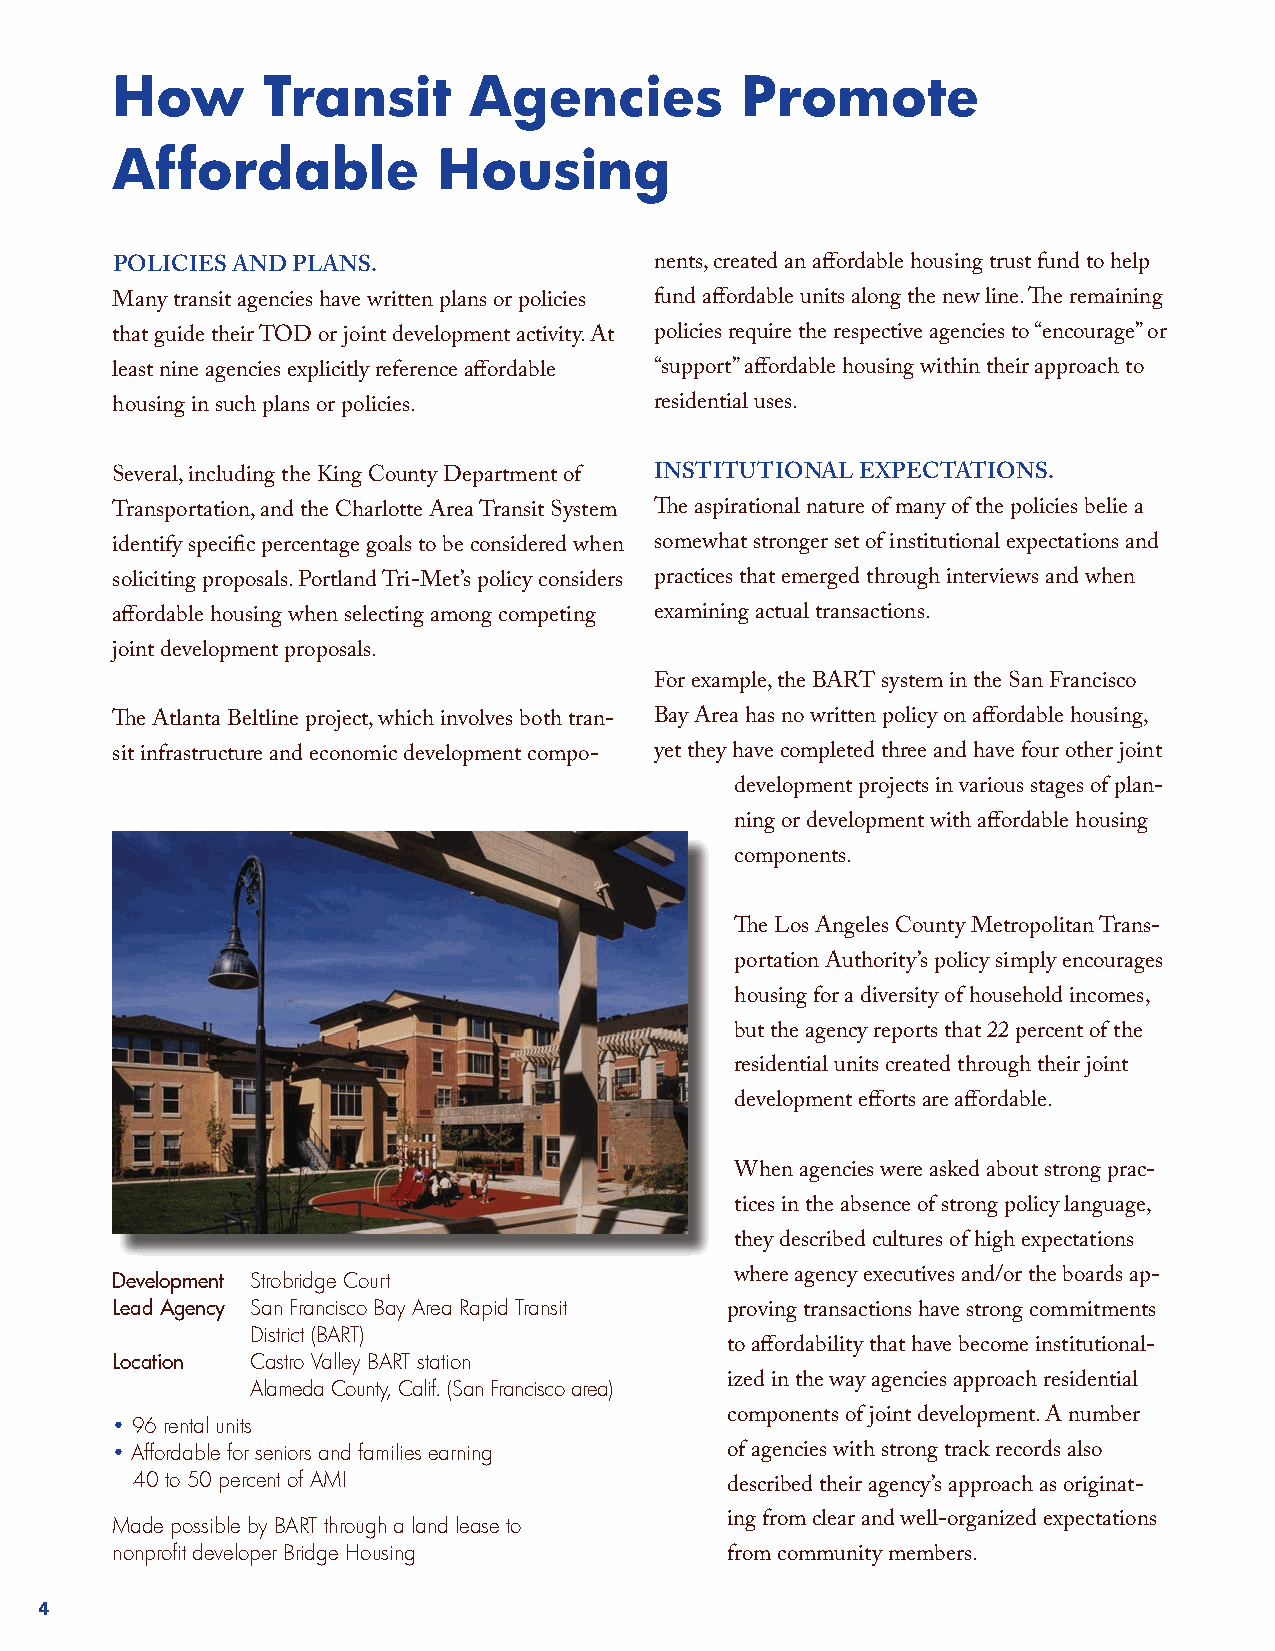
How       Transit       Agencies          Promote
 Affordable            Housing
 polIcIes and plans.                 nents, created an affordable housing trust fund to help
 Many transit agencies have written plans or policies fund affordable units along the new line. The remaining
 that guide their TOD or joint development activity. At policies require the respective agencies to “encourage” or
 least nine agencies explicitly reference affordable “support” affordable housing within their approach to
 housing in such plans or policies.  residential uses.
 Several, including the King County Department of InstItutIonal expectatIons.
 Transportation, and the Charlotte Area Transit System The aspirational nature of many of the policies belie a
 identify specific percentage goals to be considered when somewhat stronger set of institutional expectations and
 soliciting proposals. Portland Tri-Met’s policy considers practices that emerged through interviews and when
 affordable housing when selecting among competing examining actual transactions.
 joint development proposals.
 For example, the BART system in the San Francisco
 The Atlanta Beltline project, which involves both tran- Bay Area has no written policy on affordable housing,
 sit infrastructure and economic development compo- yet they have completed three and have four other joint
 development projects in various stages of plan-
 ning or development with affordable housing
 components.
 The Los Angeles County Metropolitan Trans-
 portation Authority’s policy simply encourages
 housing for a diversity of household incomes,
 but the agency reports that 22 percent of the
 residential units created through their joint
 development efforts are affordable.
 When agencies were asked about strong prac-
 tices in the absence of strong policy language,
 they described cultures of high expectations
 Development Strobridge Court              where agency executives and/or the boards ap-
 Lead Agency San Francisco Bay Area Rapid Transit
 proving transactions have strong commitments
 District (BART)
 to affordability that have become institutional-
 Location  Castro Valley BART station
 Alameda County, Calif. (San Francisco area) ized in the way agencies approach residential
 • 96 rental units                        components of joint development. A number
 • Affordable for seniors and families earning of agencies with strong track records also
 40 to 50 percent of AMI
 described their agency’s approach as originat-
 Made possible by BART through a land lease to ing from clear and well-organized expectations
 nonprofit developer Bridge Housing
 from community members.
 4